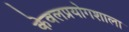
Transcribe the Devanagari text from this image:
केवलप्रयोगशाला